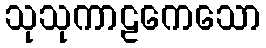
သုသုကာဠကေသော